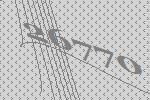
26770